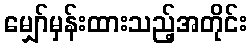
မျှော်မှန်းထားသည့်အတိုင်း